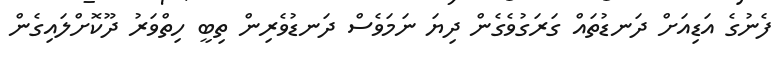
ފެނުގެ އަޑިއަށް ދަނޑުތައް ގަރަގުވެގެން ދިޔަ ނަމަވެސް ދަނޑުވެރިން ތިބީ ހިތްވަރު ދޫކޮށްލައިގެން